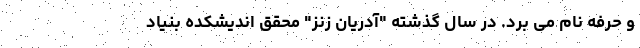
و حرفه نام می برد. در سال گذشته "آدریان زنز" محقق اندیشکده بنیاد